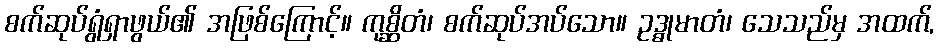
စက်ဆုပ်ရွံရှာဖွယ်၏ အဖြစ်ကြောင့်။ ကုစ္ဆိတံ၊ စက်ဆုပ်အပ်သော။ ဥဒ္ဓုမာတံ၊ သေသည်မှ အထက်,